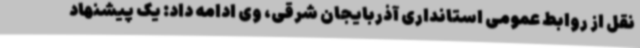
نقل از روابط عمومی استانداری آذربایجان شرقی، وی ادامه داد: یک پیشنهاد